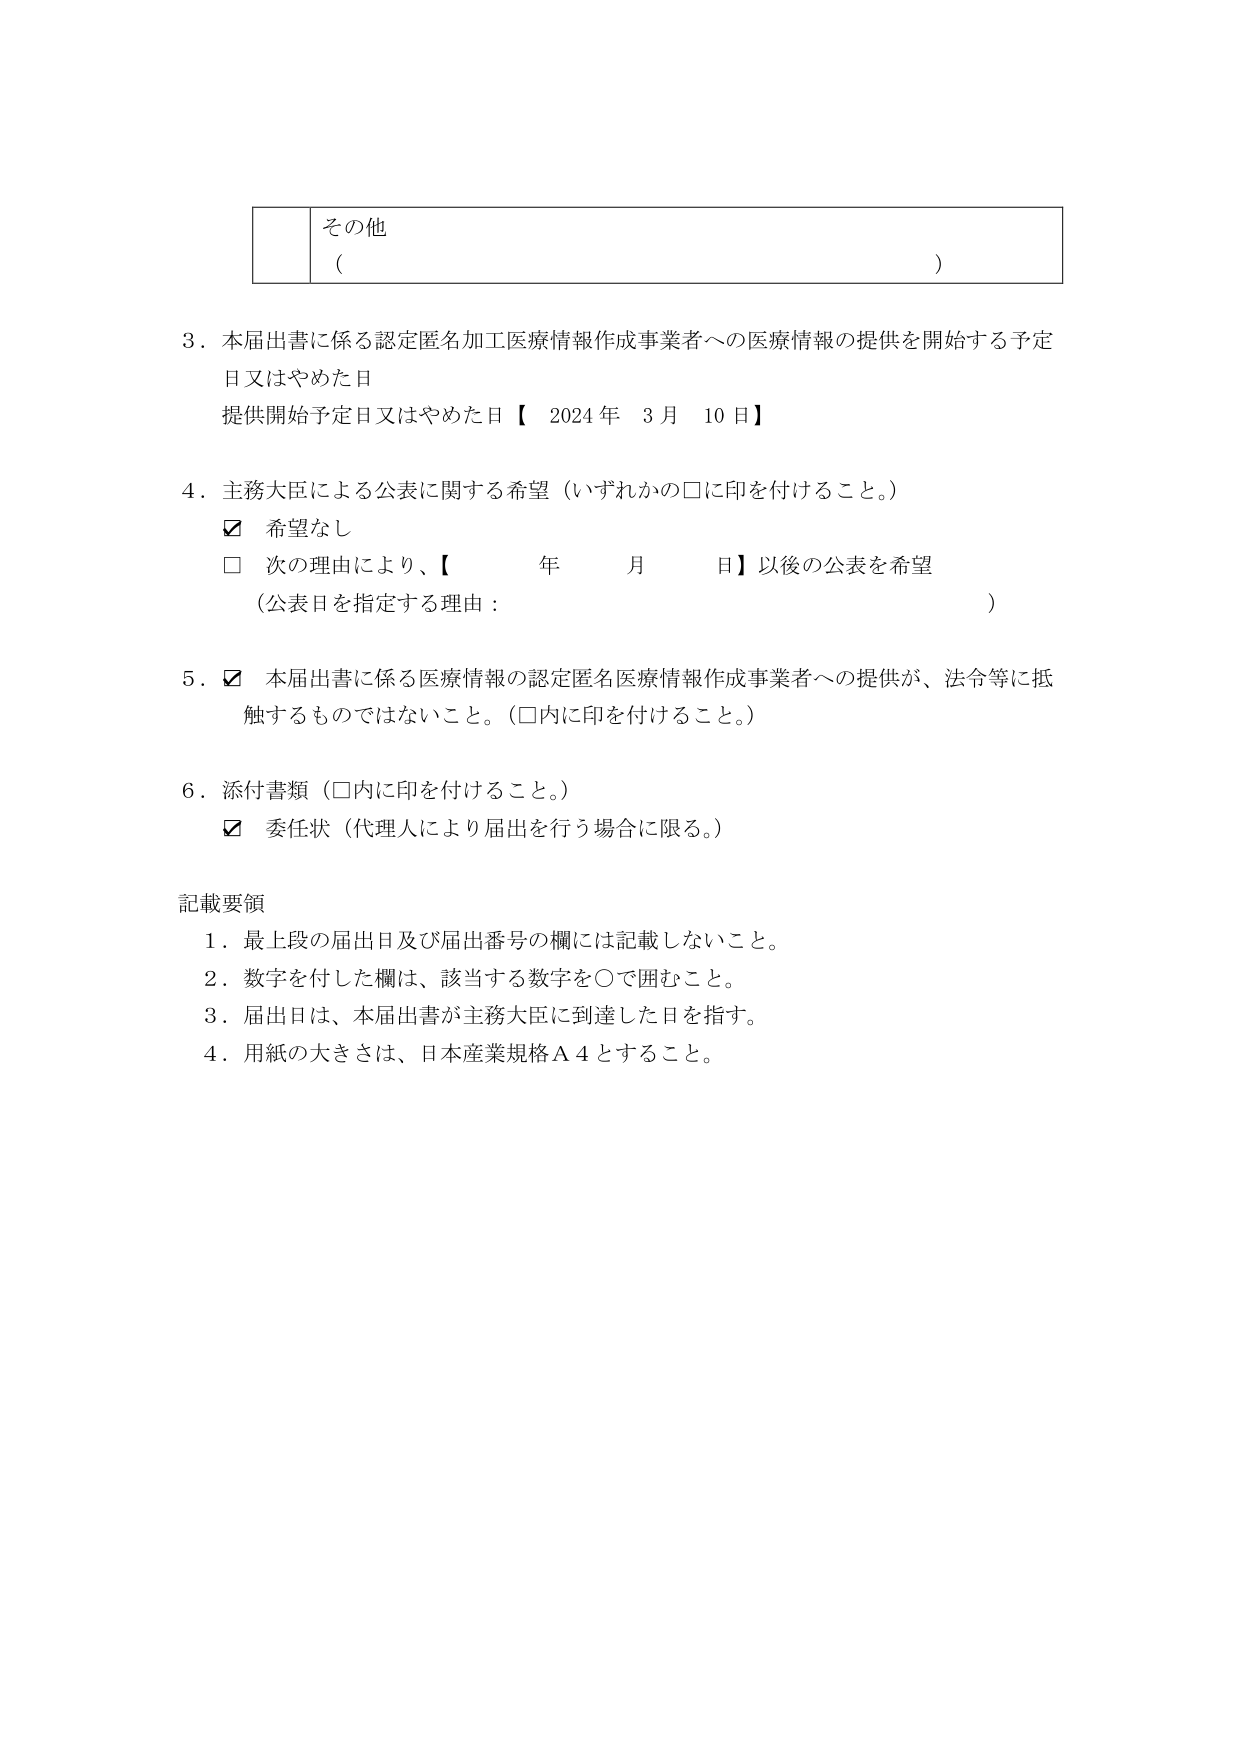
その他
（ ）

3．本届出書に係る認定匿名加工医療情報作成事業者への医療情報の提供を開始する予定日又はやめた日
提供開始予定日又はやめた日【 2024年 3月 10日】

4．主務大臣による公表に関する希望（いずれかの□に印を付けること。）
☑ 希望なし
□ 次の理由により、【 年 月 日】以後の公表を希望
（公表日を指定する理由： ）

5．☑ 本届出書に係る医療情報の認定匿名医療情報作成事業者への提供が、法令等に抵触するものではないこと。（□内に印を付けること。）

6．添付書類（□内に印を付けること。）
☑ 委任状（代理人により届出を行う場合に限る。）

記載要領
1．最上段の届出日及び届出番号の欄には記載しないこと。
2．数字を付した欄は、該当する数字を○で囲むこと。
3．届出日は、本届出書が主務大臣に到達した日を指す。
4．用紙の大きさは、日本産業規格Ａ４とすること。